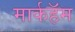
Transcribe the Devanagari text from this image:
मार्कहॅम